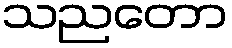
သညတော